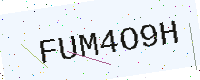
Text: FUM4O9H